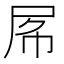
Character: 𡱃